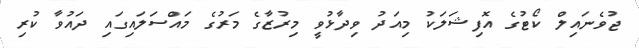
ޖުވެނައިލް ކޯޓުގެ އޮފިޝަލަކު މިއަދު ވިދާޅުވީ މިރުޒާގެ މަރުގެ މައްސަލައިގައި ދައުވާ ކުރި